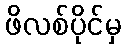
ဖိလစ်ပိုင်မှ